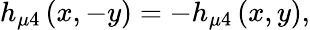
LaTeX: h_{\mu 4}\left(x,-y\right)=-h_{\mu 4}\left(x,y\right),